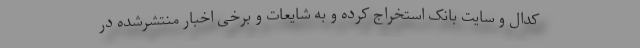
کدال و سایت بانک استخراج کرده و به شایعات و برخی اخبار منتشرشده در